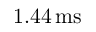
1 . 4 4 \, \mathrm { m s }